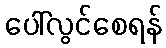
ပေါ်လွင်စေရန်